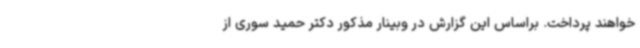
خواهند پرداخت. براساس این گزارش در وبینار مذکور دکتر حمید سوری از